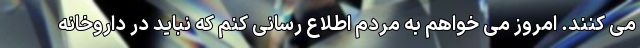
می کنند. امروز می خواهم به مردم اطلاع رسانی کنم که نباید در داروخانه